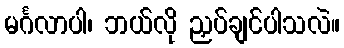
မင်္ဂလာပါ၊ ဘယ်လို ညှပ်ချင်ပါသလဲ။